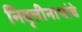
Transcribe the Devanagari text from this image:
निवृत्तीनाथांचे